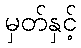
မှတ်နှင့်